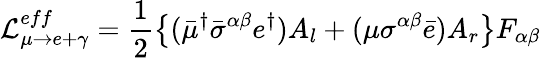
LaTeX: {\cal{L}}_{\mu\rightarrow e+\gamma}^{eff}=\frac{1}{2}\left\{ (\bar{\mu}^{\dagger}\bar{\sigma}^{\alpha\beta}e^{\dagger})A_{l}+(\mu\sigma^{\alpha\beta}\bar{e})A_{r}\right\} F_{\alpha\beta}